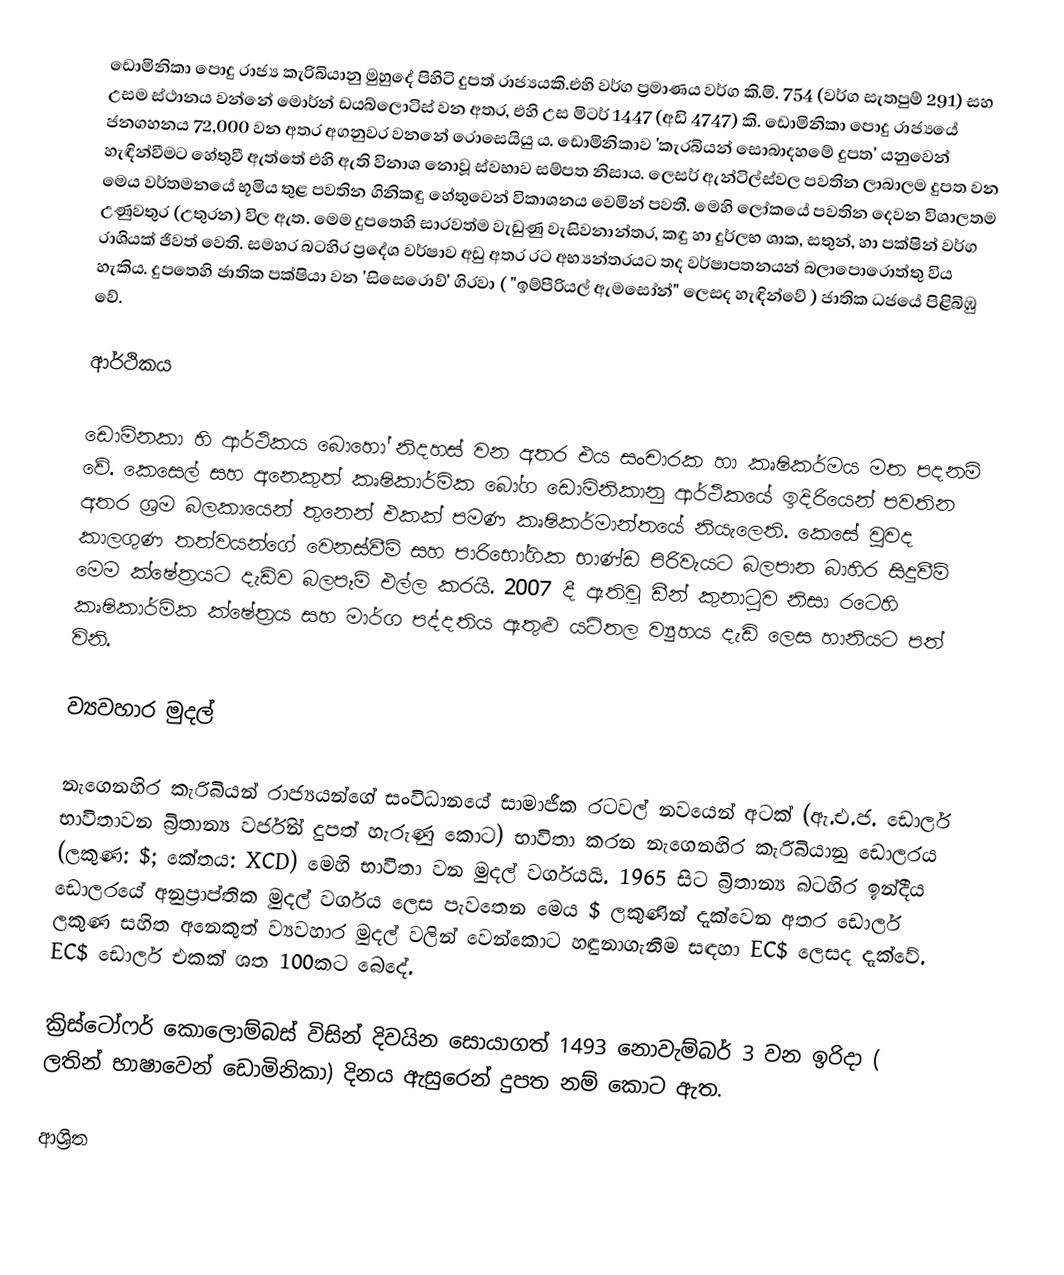
ඩොමිනිකා පොදු රාජ්‍ය කැරිබියානු මුහුදේ පිහිටි දුපත් රාජ්‍යයකි.එහි වර්ග ප්‍රමාණය වර්ග කි.මි. 754 (වර්ග සැතපුම් 291) සහ උසම ස්ථානය වන්නේ මොර්න් ඩයබ්ලොටිස් වන අතර, එහි උස මිටර් 1447 (අඩි 4747) කි. ඩොමිනිකා පොදු රාජ්‍යයේ ජනගහනය 72,000 වන අතර අගනුවර වනනේ රොසෙයියු ය. ඩොමිනිකාව 'කැරබියන් සොබාදහමේ දුපත' යනුවෙන් හැඳින්වීමට හේතුවී ඇත්තේ එහි ඇති විනාශ නොවූ ස්වභාව සම්පත නිසාය. ලෙසර් ඇන්ටිල්ස්වල පවතින ලාබාලම දුපත වන මෙය වර්තමනයේ භූමිය තුළ පවතින ගිනිකඳු හේතුවෙන් විකාශනය වෙමින් පවතී. මෙහි ලෝකයේ පවතින දෙවන විශාලතම උණුවතුර (උතුරන) විල ඇත. මෙම දුපතෙහි සාරවත්ම වැඩුණු වැසිවනාන්තර, කඳු හා දුර්ලභ ශාක, සතුන්, හා පක්ෂින් වර්ග රාශියක් ජිවත් වෙති. සමහර බටහිර ප්‍රදේශ වර්ෂාව අඩු අතර රට අභ්‍යන්තරයට තද වර්ෂාපතනයන් බලාපොරොත්තු විය හැකිය.  දුපතෙහි ජාතික පක්ෂියා වන 'සිසෙරොව්' ගිරවා ( "ඉම්පීරියල් ඇමසෝන්" ලෙසද හැඳින්වේ ) ජාතික ධජයේ පිළිබිඹු වේ.

ආර්ථිකය

ඩොමිනකා හි ආර්ථිකය බොහෝ නිදහස් වන අතර එය සංචාරක හා කෘෂිකර්මය මත පදනම් වේ. කෙසෙල් සහ අනෙකුත් කෘෂිකාර්මික බෝග ඩොමිනිකානු ආර්ථිකයේ ඉදිරියෙන් පවතින අතර ශ්‍රම බලකායෙන් තුනෙන් එකක් පමණ කෘෂිකර්මාන්තයේ නියැලෙති. කෙසේ වුවද කාලගුණ තත්වයන්ගේ වෙනස්වීම් සහ පාරිභෝගික භාණ්ඩ පිරිවැයට බලපාන බාහිර සිදුවීම් මෙම ක්ෂේත්‍රයට දැඩිව බලපෑම් එල්ල කරයි. 2007 දී ඇතිවූ ඩීන් කුනාටුව නිසා රටෙහි කෘෂිකාර්මික ක්ෂේත්‍රය සහ මාර්ග පද්දතිය ඇතුළු යටිතල ව්‍යුහය දැඩි ලෙස හානියට පත් විනි.

ව්‍යවහාර මුදල්

නැගෙනහිර කැරිබියන් රාජ්‍යයන්ගේ සංවිධානයේ සාමාජික රටවල් නවයෙන් අටක් (ඇ.එ.ජ. ඩොලර් භාවිතාවන බ්‍රිතාන්‍ය වර්ජින් දුපත් හැරුණු කොට) භාවිතා කරන නැගෙනහිර කැරිබියානු ඩොලරය (ලකුණ: $; කේතය: XCD) මෙහි භාවිතා වන මුදල් වර්ගයයි. 1965 සිට බ්‍රිතාන්‍ය බටහිර ඉන්දීය ඩොලරයේ අනුප්‍රාප්තික මුදල් වර්ගය ලෙස පැවතෙන මෙය $ ලකුණින් දැක්වෙන අතර ඩොලර් ලකුණ සහිත අනෙකුත් ව්‍යවහාර මුදල් වලින් වෙන්කොට හඳුනාගැනීම සඳහා EC$ ලෙසද දැක්වේ. EC$ ඩොලර් එකක් ශත 100කට බෙදේ.

ක්‍රිස්ටෝෆර් කොලොම්බස් විසින් දිවයින සොයාගත් 1493 නොවැම්බර් 3 වන ඉරිදා ( ලතින් භාෂාවෙන් ඩොමිනිකා) දිනය ඇසුරෙන් දුපත නම් කොට ඇත.

ආශ්‍රිත